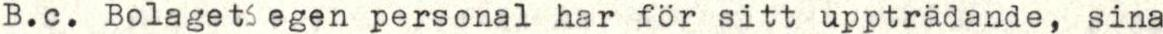
B.c. Bolagets egen personal har för sitt uppträdande, sina